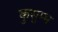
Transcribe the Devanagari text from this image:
कुसुम्भ